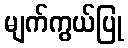
မျက်ကွယ်ပြု